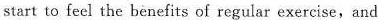
start to feel the benefits of regular exercise,and